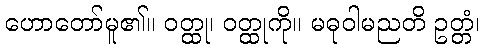
ဟောတော်မူ၏။ ဝတ္ထု၊ ဝတ္ထုကို။ မဓုဝါမညတိ ဥတ္တံ၊